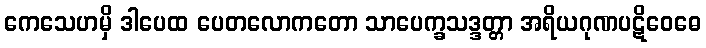
ကေသေဟမှိ ဒါပေထ ပေတလောကတော သာပေက္ခသဒ္ဒတ္တာ အရိယဂုဏပဋိဝေဓေ